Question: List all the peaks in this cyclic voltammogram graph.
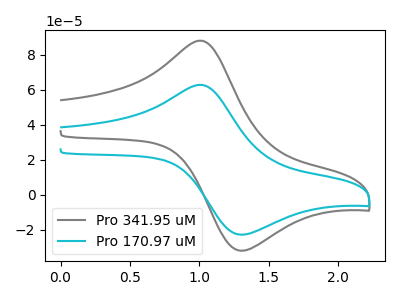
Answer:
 <answer>The gray curve "Pro 341.95 uM" has an anodic peak at (1.00V, 88.05uA) and a cathodic peak at (1.30V, -32.00uA). The cyan curve "Pro 170.97 uM" has an anodic peak at (1.00V, 62.80uA) and a cathodic peak at (1.30V, -22.85uA).</answer>
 <eval></eval>